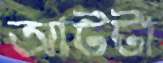
আটটা